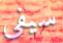
سيفي